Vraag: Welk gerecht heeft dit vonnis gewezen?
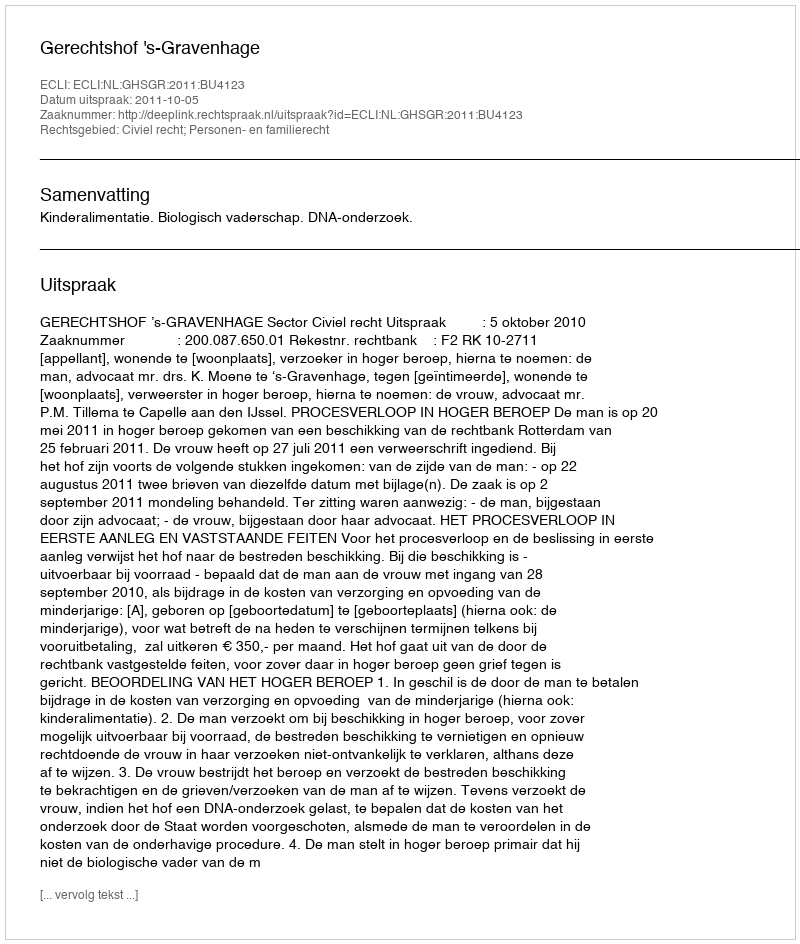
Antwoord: Gerechtshof 's-Gravenhage